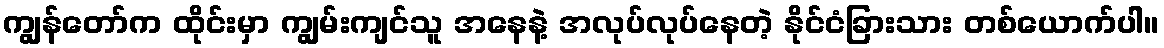
ကျွန်တော်က ထိုင်းမှာ ကျွမ်းကျင်သူ အနေနဲ့ အလုပ်လုပ်နေတဲ့ နိုင်ငံခြားသား တစ်ယောက်ပါ။